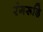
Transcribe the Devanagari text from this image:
रंगरूढ़ि